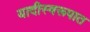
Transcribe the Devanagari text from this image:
यादीस्वरूपात